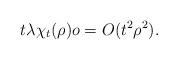
LaTeX: \begin{align*}t\lambda \chi_{t} (\rho) o=O(t^{2}\rho^{2}).\end{align*}